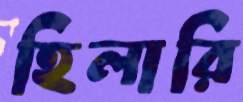
হিলারি